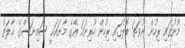
މޫނުގައި ރިހުން ނުވަތަ ބޮލުގައި ރިހުން ހުރިނަމަ އޭގެ މާނައަކީ ސައިނަސްގެ ޙާލަތު